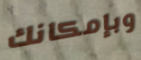
وبإمكانك